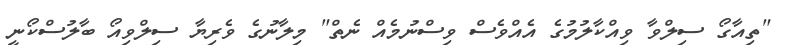
"ތިއާގޯ ސިލްވާ ވިއްކާލުމުގެ އެއްވެސް ވިސްނުމެއް ނެތް" މިލާނުގެ ވެރިޔާ ސިލްވިއޯ ބާލުސްކޯނީ